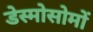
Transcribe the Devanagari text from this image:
डेस्मोसोमों